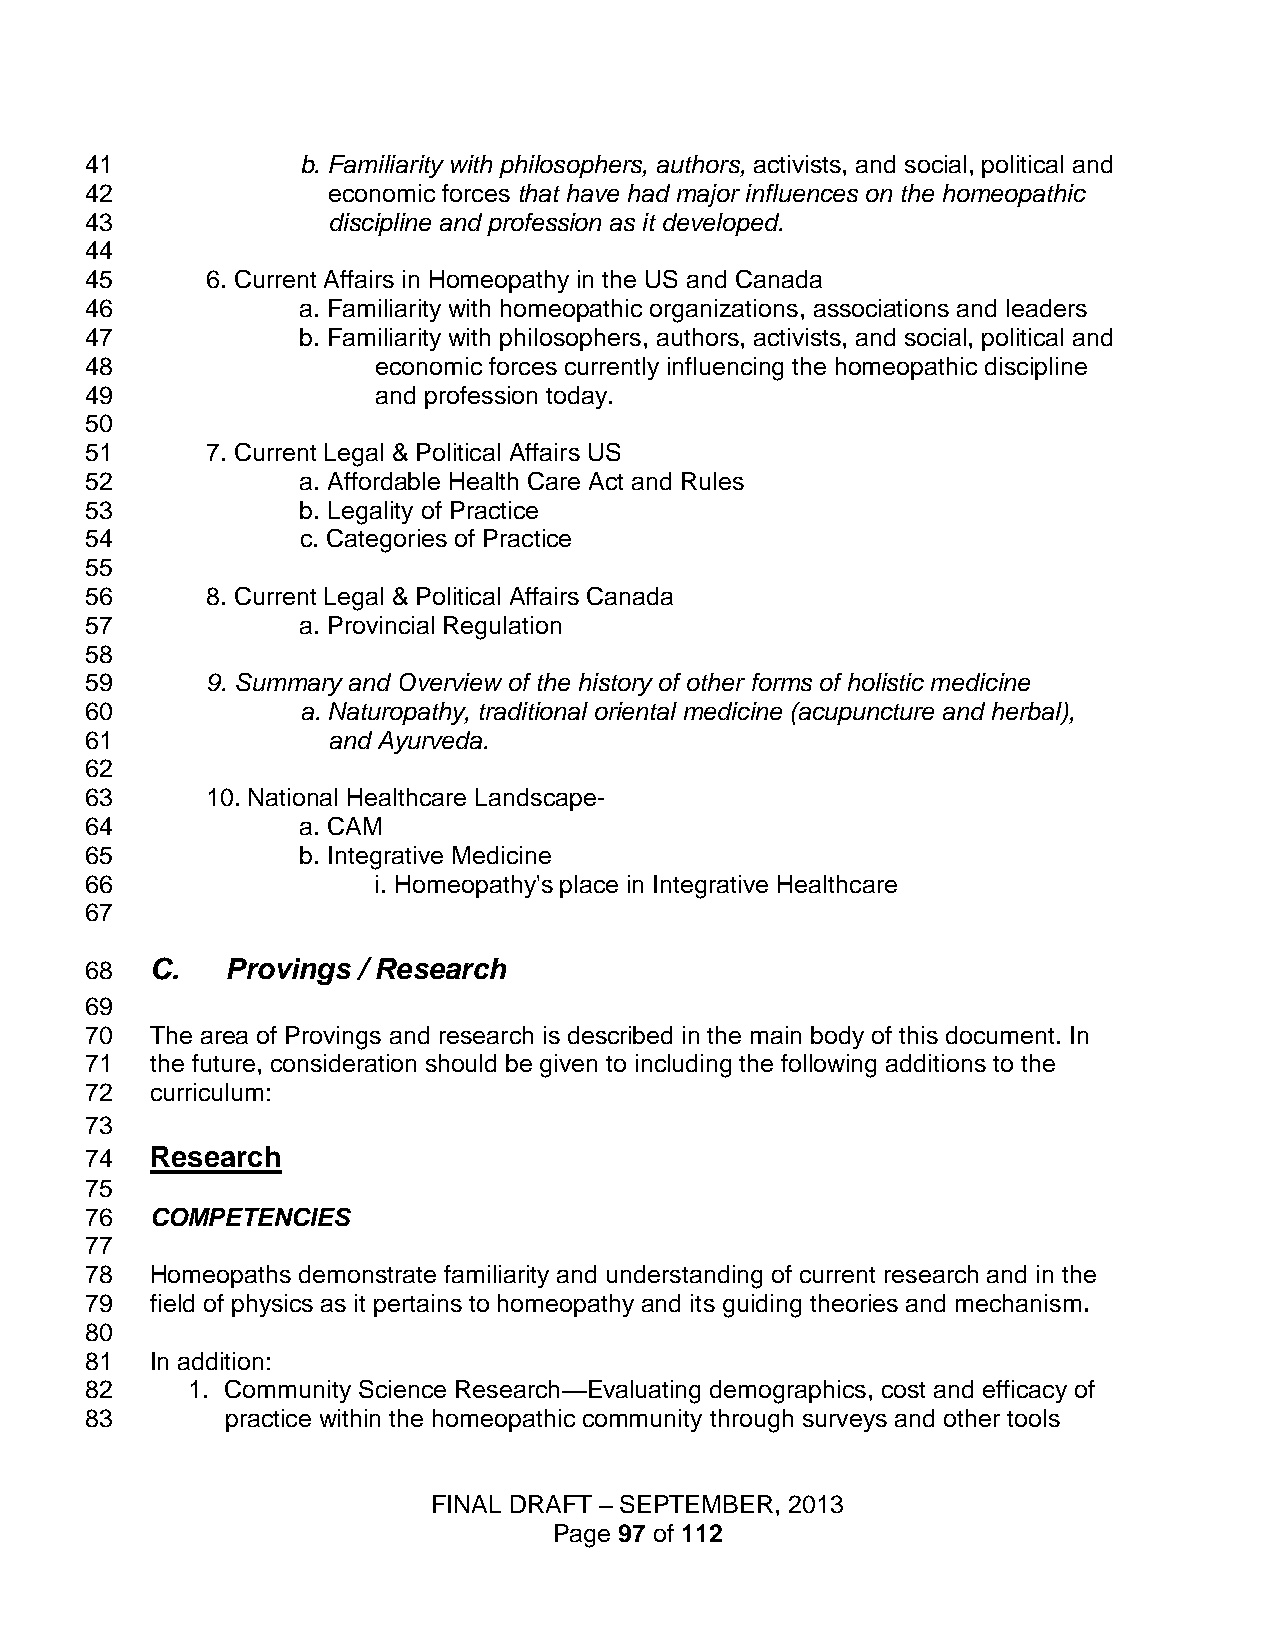
41            b. Familiarity with philosophers, authors, activists, and social, political and
 42              economic forces that have had major influences on the homeopathic
 43              discipline and profession as it developed.
 44
 45      6. Current Affairs in Homeopathy in the US and Canada
 46            a. Familiarity with homeopathic organizations, associations and leaders
 47            b. Familiarity with philosophers, authors, activists, and social, political and
 48                 economic forces currently influencing the homeopathic discipline
 49                 and profession today.
 50
 51      7. Current Legal & Political Affairs US
 52            a. Affordable Health Care Act and Rules
 53            b. Legality of Practice
 54            c. Categories of Practice
 55
 56      8. Current Legal & Political Affairs Canada
 57            a. Provincial Regulation
 58
 59      9. Summary and Overview of the history of other forms of holistic medicine
 60            a. Naturopathy, traditional oriental medicine (acupuncture and herbal),
 61              and Ayurveda.
 62
 63      10. National Healthcare Landscape-
 64            a. CAM
 65            b. Integrative Medicine
 66                 i. Homeopathy's place in Integrative Healthcare
 67
 68  C.   Provings / Research
 69
 70  The area of Provings and research is described in the main body of this document. In
 71  the future, consideration should be given to including the following additions to the
 72  curriculum:
 73
 74  Research
 75
 76  COMPETENCIES
 77
 78  Homeopaths demonstrate familiarity and understanding of current research and in the
 79  field of physics as it pertains to homeopathy and its guiding theories and mechanism.
 80
 81  In addition:
 82    1. Community Science Research—Evaluating demographics, cost and efficacy of
 83       practice within the homeopathic community through surveys and other tools
 FINAL DRAFT – SEPTEMBER, 2013
 Page 97 of 112